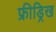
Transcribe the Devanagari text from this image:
फ्रीड्रिख